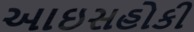
આઇસહોકી